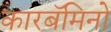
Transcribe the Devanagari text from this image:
कारबॅमिनो